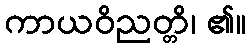
ကာယဝိညတ္တိ၊ ၏။